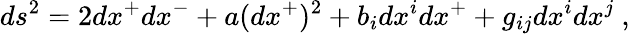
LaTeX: ds^{2}=2dx^{+}dx^{-}+a(dx^{+})^{2}+b_{i}dx^{i}dx^{+}+g_{ij}dx^{i}dx^{j}~,